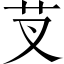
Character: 芆